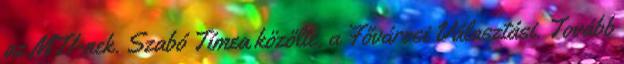
az MTI-nek. Szabó Tímea közölte, a Fővárosi Választási. Tovább